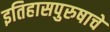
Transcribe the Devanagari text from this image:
इतिहासपुरुषाचे